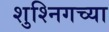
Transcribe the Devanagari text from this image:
शुश्निगच्या